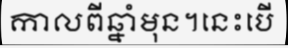
កាលពីឆ្នាំមុន។នេះបើ